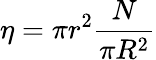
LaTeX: \eta=\pi r^{2}{\frac{N}{\pi R^{2}}}